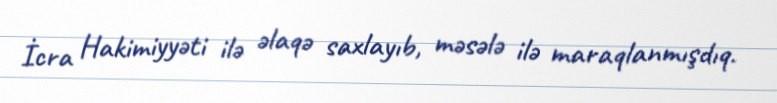
İcra Hakimiyyəti ilə əlaqə saxlayıb, məsələ ilə maraqlanmışdıq.